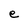
Character: e